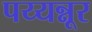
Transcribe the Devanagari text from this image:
पय्यन्नूर